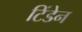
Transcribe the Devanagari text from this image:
टिंडेन